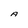
Character: A